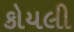
કોયલી